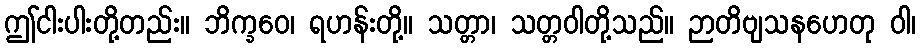
ဤငါးပါးတို့တည်း။ ဘိက္ခဝေ၊ ရဟန်းတို့။ သတ္တာ၊ သတ္တဝါတို့သည်။ ဉာတိဗျသနဟေတု ဝါ၊